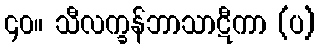
၄၀။ သီလက္ခန်ဘာသာဋီကာ (ပ)